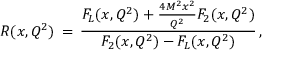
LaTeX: R ( x , Q ^ { 2 } ) \, = \, { \frac { F _ { L } ( x , Q ^ { 2 } ) + { \frac { 4 M ^ { 2 } x ^ { 2 } } { Q ^ { 2 } } } F _ { 2 } ( x , Q ^ { 2 } ) } { F _ { 2 } ( x , Q ^ { 2 } ) - F _ { L } ( x , Q ^ { 2 } ) } } \, ,